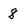
Character: 8